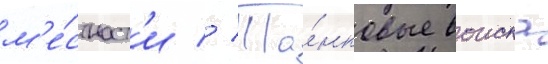
м'е́стност'и // Та́нковые воиска